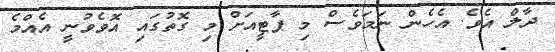
ދާލް އެވެ. އެހެން ނަމަވެސް މި ޕާޓީއަށް މި ގޮތުގައި އޮވެވުނީ އެއްމެ